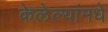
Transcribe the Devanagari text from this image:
केलेल्यांमधे